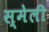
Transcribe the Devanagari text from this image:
स्मेली